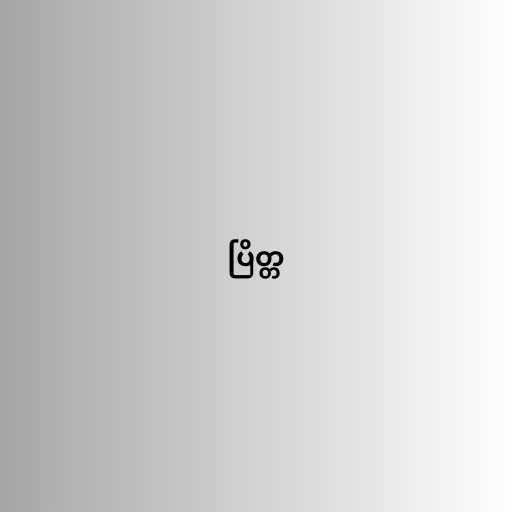
ပြိတ္တ